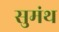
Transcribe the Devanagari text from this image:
सुमंथ